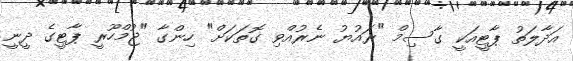
އަދާލަތު ޕާޓީއަކީ ގާސިމް "ރައުޔު ނެރުއްވި ގޮތަކަށް" ހިންގާ "ޖުމްހޫރީ ޕާޓީގެ ދީނީ